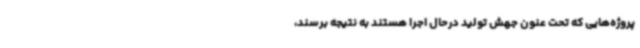
پروژه‌هایی که تحت عنون جهش تولید درحال اجرا هستند به نتیجه برسند،